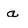
Character: a